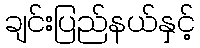
ချင်းပြည်နယ်နှင့်